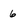
Character: 6